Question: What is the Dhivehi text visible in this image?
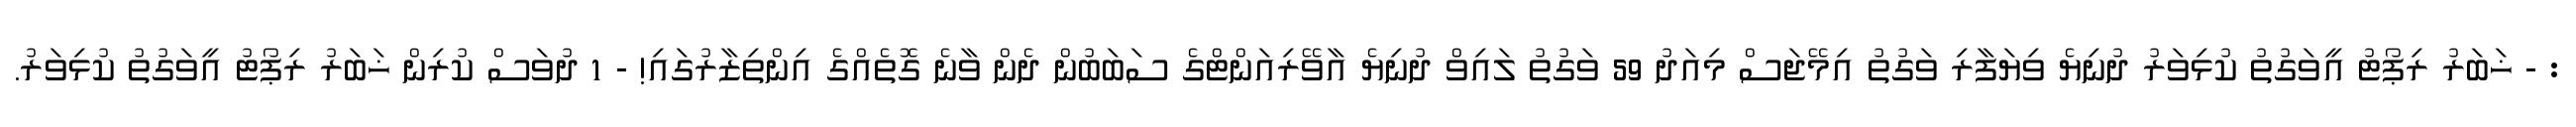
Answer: : - ޚަބަރު ރިޕޯޓު އީވަގުތު ކުޅިވަރު ދުނިޔެ ވިޔަފާރި ވަގުތު އިމޭޖަސް މިއަދު 59 ވަގުތު ލައިވް ދުނިޔެ އާވޭރިއަންޓްގެ ސަބަބުން ދެން ވާނެ ގޮތެއްގެ އިންތިޒާރުގައި! - 1 ދުވަސް ކުރިން ޚަބަރު ރިޕޯޓު އީވަގުތު ކުޅިވަރު.